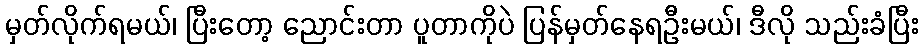
မှတ်လိုက်ရမယ်၊ ပြီးတော့ ညောင်းတာ ပူတာကိုပဲ ပြန်မှတ်နေရဦးမယ်၊ ဒီလို သည်းခံပြီး